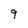
Character: 9